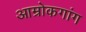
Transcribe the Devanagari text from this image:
आम्रोकगांग